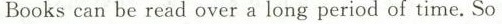
Bookscan be read over a long period of time. So